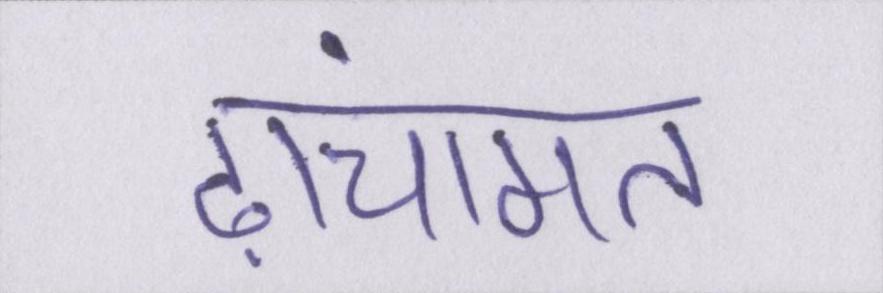
ढांचागत